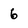
Character: 6